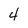
Character: 4